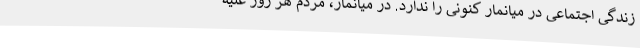
زندگی اجتماعی در میانمار کنونی را ندارد. در میانمار، مردم هر روز علیه